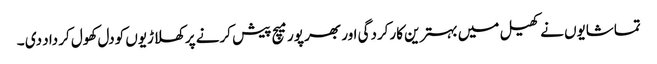
تماشایوں نے کھیل میں بہترین کارکردگی اور بھر پور میچ پیش کرنے پر کھلاڑیوں کودل کھول کر داد دی ۔